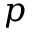
p